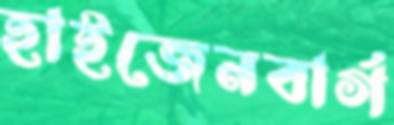
হাইজেনবার্গ